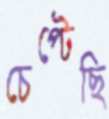
চেপ্‌টেছি